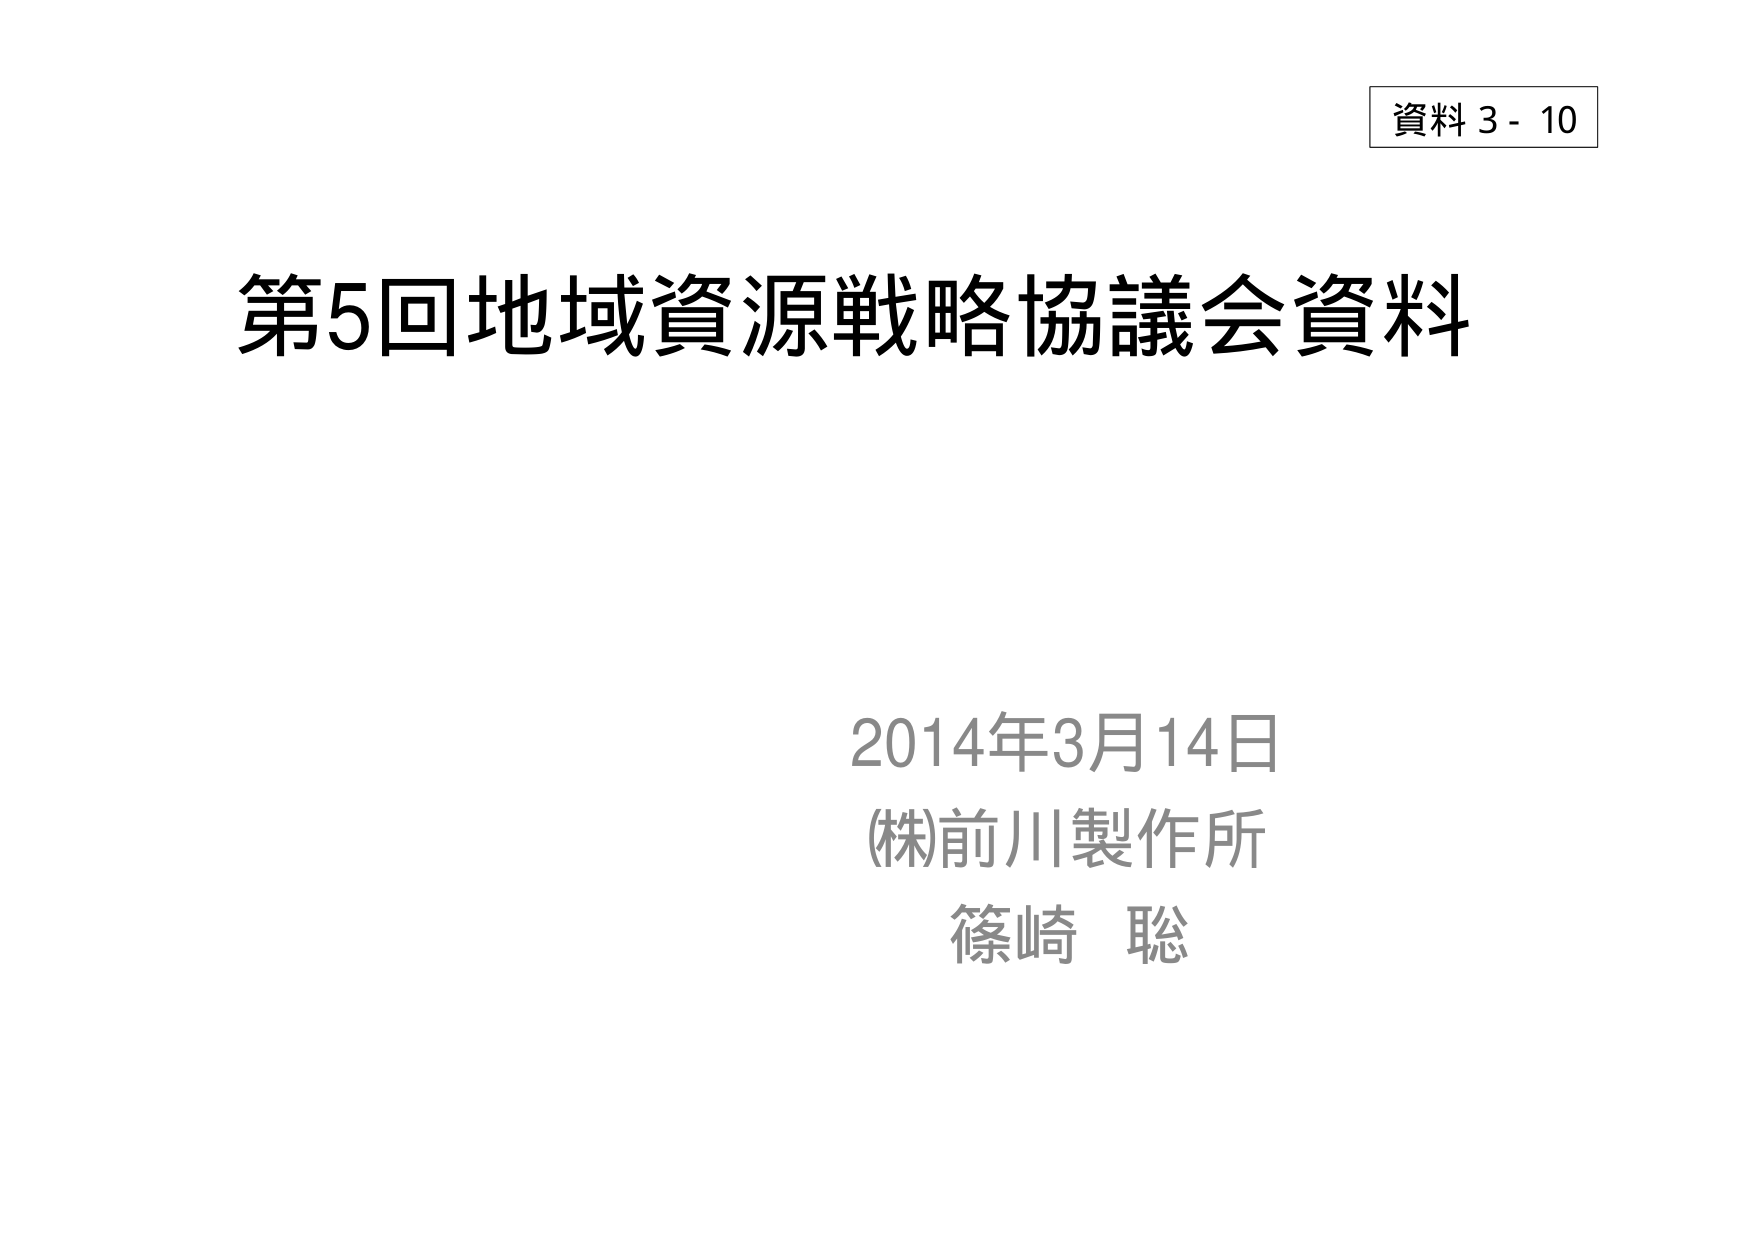
資料 3 - 10
第5回地域資源戦略協議会資料
2014年3月14日
(株)前川製作所
篠崎 聡